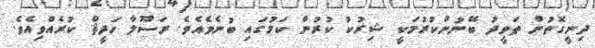
ދިނީގޮތުން ތަވީދު ބޭނުންކުރުމަކީ ޝިރުކު ކުރުން ކަމުގައި ބުނެވެއެވެ. ރަސޫލާ ހަދީޘް ކުރެއްވިއެވެ.